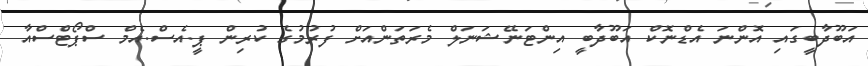
އަބޫދާބީގައި އޮންނަ އެޑްނޮކް އަބޫދާބީ އިންޓަނޭޝަނަލް މެރަތަންއަށް ފުރުމުގެ ކުރިން ޕީ.އެސް.އެމް ސްޕޯޓްސްއާ